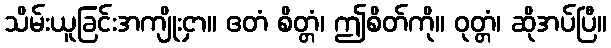
သိမ်းယူခြင်းအကျိုးငှာ။ ဧတံ စိတ္တံ၊ ဤစိတ်ကို။ ဝုတ္တံ၊ ဆိုအပ်ပြီ။